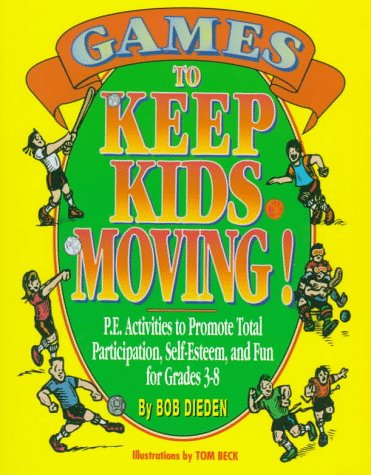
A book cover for Games to Keep Kids Moving: P.E. Activities to Promote Total Participation, Self-Esteem, and Fun for Grades 3-8; Robert C. Dieden; Sports & Outdoors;